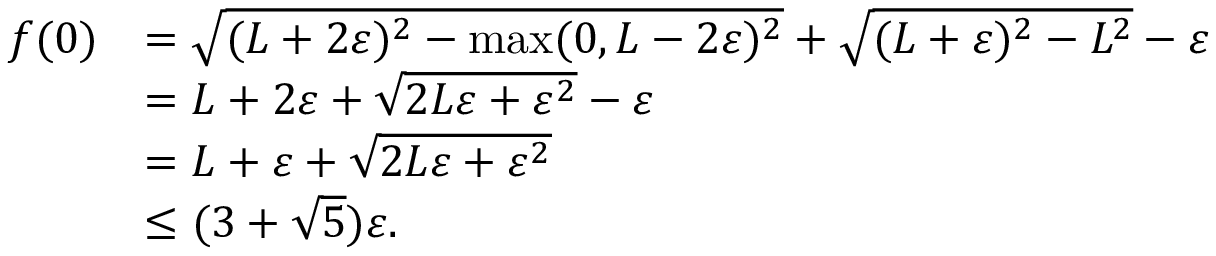
\begin{array} { r l } { f ( 0 ) } & { = \sqrt { ( L + 2 \varepsilon ) ^ { 2 } - \operatorname* { m a x } ( 0 , L - 2 \varepsilon ) ^ { 2 } } + \sqrt { ( L + \varepsilon ) ^ { 2 } - L ^ { 2 } } - \varepsilon } \\ & { = L + 2 \varepsilon + \sqrt { 2 L \varepsilon + \varepsilon ^ { 2 } } - \varepsilon } \\ & { = L + \varepsilon + \sqrt { 2 L \varepsilon + \varepsilon ^ { 2 } } } \\ & { \leq ( 3 + \sqrt { 5 } ) \varepsilon . } \end{array}